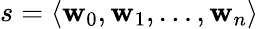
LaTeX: s=\langle\mathbf{w}_{0},\mathbf{w}_{1},\dots,\mathbf{w}_{n}\rangle